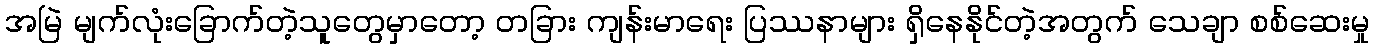
အမြဲ မျက်လုံးခြောက်တဲ့သူတွေမှာတော့ တခြား ကျန်းမာရေး ပြဿနာများ ရှိနေနိုင်တဲ့အတွက် သေချာ စစ်ဆေးမှု